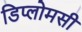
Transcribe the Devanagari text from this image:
डिप्लोमसी